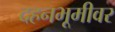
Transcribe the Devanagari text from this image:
दहनभूमीवर